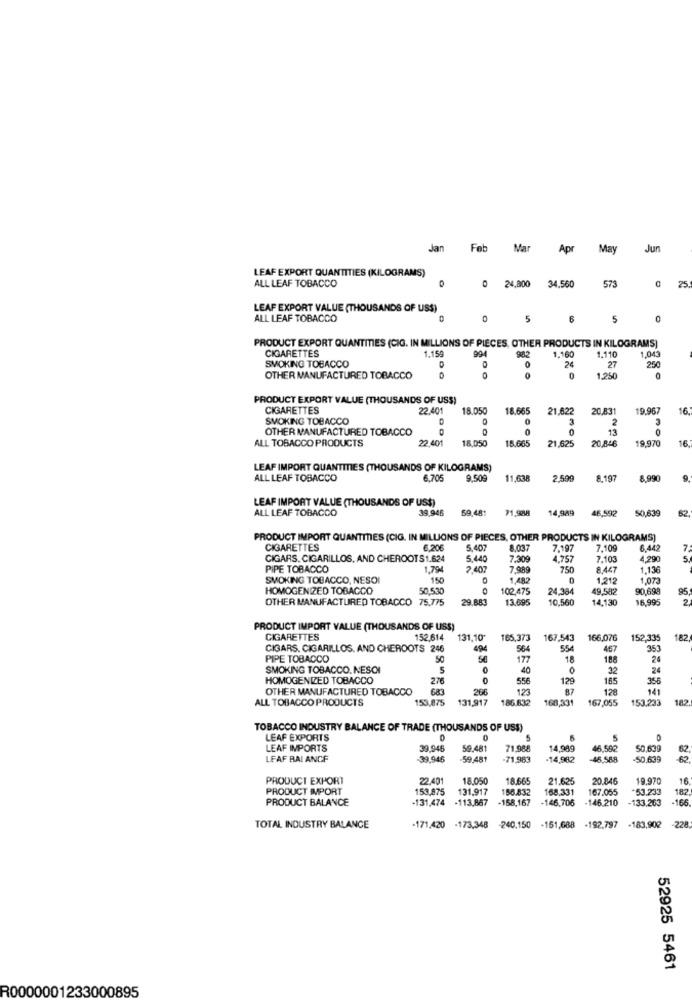
Jan
Feb
Mar
Apr
May
Jun
LEAF EXPORT QUANTITIES (KILOGRAMS)
ALL LEAF TOBACCO
573
0 24,800
34,560
25
LEAF EXPORT VALUE (THOUSANDS OF USS)
ALL LEAF TOBACCO
0
5
5
0
PRODUCT EXPORT QUANTITIES (CIG. IN MILLIONS OF PIÈCES, OTHER PRODUCTS IN KILOGRAMS]
CIGARETTES
1.159
994
1.160
1.110
0
26
27
1,043
250
SMOKING TOBACCO
0
OTHER MANUFACTURED TOBACCO
0
1.250
PRODUCT EXPORT VALUE (THOUSANDS OF USS)
CIGARETTES
22.401
18.050
18.665
21.622
20,831
19.967
16
SMOKING TOBACCO
0
2
OTHER MANUFACTURED TOBACCO
0
13
ALL TOBACCO PRODUCTS
22.401
18,050
18.665
19.970
16
21,625
20,846
LEAF IMPORT QUANTITIES (THOUSANDS OF KILOGRAMS)
ALL LEAF TOBACCO
6.705
9,509
11.638
2.590
8.197
8.990
9.
LEAF IMPORT VALUE (THOUSANDS OF US$)
ALL LEAF TOBACCO
39,946
69,481
71,9288
14,989
46,592
50,639
62
PRODUCT IMPORT QUANTITIES (CIG. IN MILLIONS OF PIECES, OTHER PRODUCTS IN KILOGRAMS]
CIGARETTES
6.206
5,407
8.037
7197
7.109
6,442
7.
CIGARS. CIGARILLOS, AND CHEROOTS1.624
5.440
7.309
4.757
7.103
4,290
5
PIPE TOBACCO
1.794
2.407
7.989
750
8.447
1.136
SMOKING TOBACCO, NESOI
150
1.482
1.212
1,073
HOMOGENIZED TOBACCO
50.530
102.475
24.384
49,582
90,698
95
OTHER MANUFACTURED TOBACCO 75.775
29.683
13.695
10,560
14,130
16,995
2
PRODUCT IMPORT VALUE (THOUSANDS OF USS)
CIGARETTES
152.614
131.10'
165,373
167,543
166.076
152,335
82
CIGARS. CIGARILLOS, AND CHEROOTS 246
494
564
554
457
353
PIPE TOBACCO
S
177
18
188
24
SMOKING TOBACCO. NESCI
5
40
32
24
HOMOGENIZED TOBACCO
27
556
129
165
356
OTHER MANUFACTURED TOBACCO
683
260
123
128
141
ALL TOBACCO PRODUCTS
153,875
131,917
186.832
168,331
167,055
153.233
182
TOBACCO INDUSTRY BALANCE OF TRADE (THOUSANDS OF US$)
LEAF EXPORTS
0
5
LEAF IMPORTS
39.946
59.48
71.988
14,989
46,592
50,639
LEAF RAI ANCF
-39,945
-59.481
-71.963
-14,982
-45,588
-50.639
PRODUCI EXPORT
22.401
18.050
18.66
21.625
20.846
19.970
16
PRODUCT IMPORT
153,875
131,917
156.832
168.331
167.055
53.233
PRODUCT BALANCE
-131,474 -113,867 -158,167 -146,706 -146.210
-133,263 -166
-166
182
TOTAL INDUSTRY BALANCE
-171,420 -173,348
-240,150
-151,688
-192.797
-183,902
-228
52925 5461
R0000001233000895